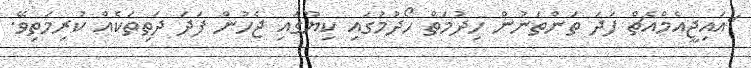
"އައިޖީއެމްއެޗް ފަދަ ތަންތަނުން ހިދުމަތް ހޯދުމުގައި ކިޔޫގައި ޖެހުން ފަދަ ދަތިތަކެއް ކުރިމަތިވޭ.